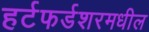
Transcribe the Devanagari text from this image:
हर्टफर्डशरमधील